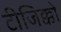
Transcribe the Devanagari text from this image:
टीजिक्को